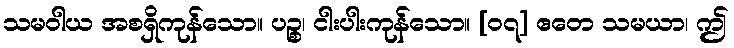
သမဝါယ အစရှိကုန်သော။ ပဉ္စ၊ ငါးပါးကုန်သော။ [၀၇] ဧတေ သမယာ၊ ဤ